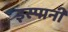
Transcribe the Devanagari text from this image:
इस्पानी